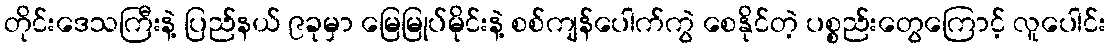
တိုင်းဒေသကြီးနဲ့ ပြည်နယ် ၉ခုမှာ မြေမြုပ်မိုင်းနဲ့ စစ်ကျန်ပေါက်ကွဲ စေနိုင်တဲ့ ပစ္စည်းတွေကြောင့် လူပေါင်း